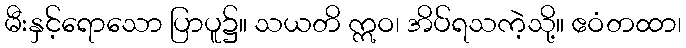
မီးနှင့်ရောသော ပြာပူ၌။ သယတိ ဣဝ၊ အိပ်ရသကဲ့သို့။ ဧဝံတထာ၊